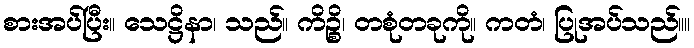
စားအပ်ပြီး။ သေဋ္ဌိနာ၊ သည်။ ကိဉ္စိ၊ တစုံတခုကို။ ကတံ၊ ပြုအပ်သည်။။